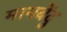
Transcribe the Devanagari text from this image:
मानबेंदु